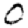
Digit: 0